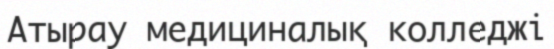
Атырау медициналық колледжі